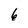
Character: 6